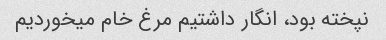
نپخته بود، انگار داشتیم مرغ خام میخوردیم